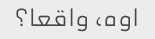
اوه، واقعا؟